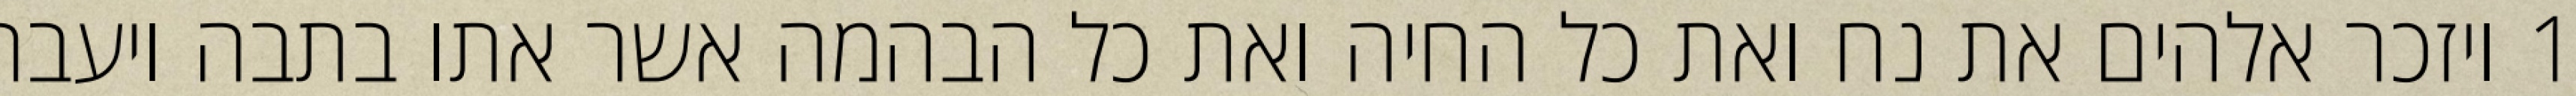
1 ויזכר אלהים את נח ואת כל החיה ואת כל הבהמה אשר אתו בתבה ויעבר